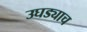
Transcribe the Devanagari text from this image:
उघड्याच